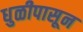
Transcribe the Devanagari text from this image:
धुळीपासून